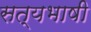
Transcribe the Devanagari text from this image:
सत्यभाषी